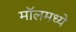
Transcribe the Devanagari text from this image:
मॉलमध्ये